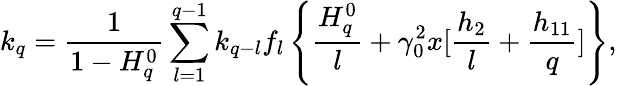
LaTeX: k_{q}=\frac{1}{1-H_{q}^{0}}\sum_{l=1}^{q-1}k_{q-l}f_{l}\left\{ \frac{H_{q}^{0}}{l}+\gamma_{0}^{2}x[\frac{h_{2}}{l}+\frac{h_{11}}{q}]\right\} ,